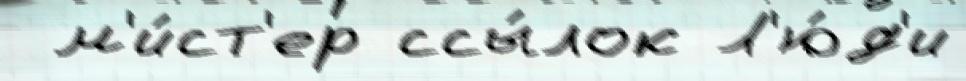
 м'и́ст'ер ссы́лок Л'ю́д'и